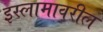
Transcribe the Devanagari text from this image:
इस्लामावरील